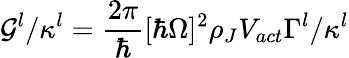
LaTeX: \mathcal{G}^{l}/\kappa^{l}=\frac{{2\pi}}{{\hbar}}[\hbar\Omega]^{2}\rho_{J}V_{act}\Gamma^{l}/\kappa^{l}